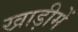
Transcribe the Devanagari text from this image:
खाड़ीमें